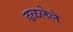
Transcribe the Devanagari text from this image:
ढळलेले